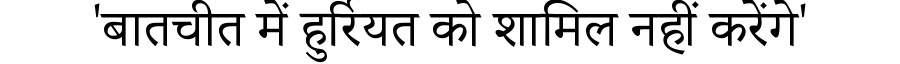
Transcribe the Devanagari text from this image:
'बातचीत में हुर्रियत को शामिल नहीं करेंगे'